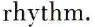
rhythm.